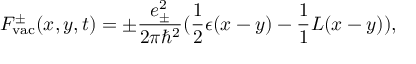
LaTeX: { \cal F } _ { \mathrm { v a c } } ^ { \pm } ( x , y , t ) = \pm \frac { e _ { \pm } ^ { 2 } } { 2 { \pi } { \hbar } ^ { 2 } } ( \frac { 1 } { 2 } \epsilon ( x - y ) - \frac { 1 } { 1 } { L } ( x - y ) ) ,